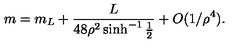
m = m _ { L } + { \frac { L } { 4 8 \rho ^ { 2 } \sinh ^ { - 1 } { \frac { 1 } { 2 } } } } + O ( 1 / \rho ^ { 4 } ) .